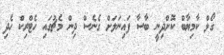
ގޯލް ކާމިޔާބް ކޮށްދިނީ ބާސާ ފައިނަލަށް ގެނެސް ދިން މެޗުގައި ހެޓްރިކް ހެދި